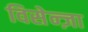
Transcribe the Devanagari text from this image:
विसेन्ज़ा